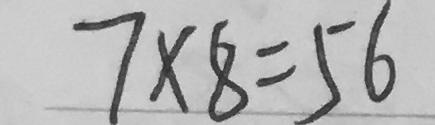
7 \times 8 = 5 6